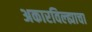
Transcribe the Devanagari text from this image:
अकारविल्ह्याचा